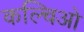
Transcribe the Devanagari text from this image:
कल्चिओ